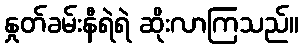
နှုတ်ခမ်းနီရဲရဲ ဆိုးလာကြသည်။